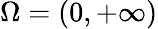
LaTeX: \Omega=(0,+\infty)